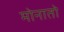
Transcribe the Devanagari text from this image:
मोनातो